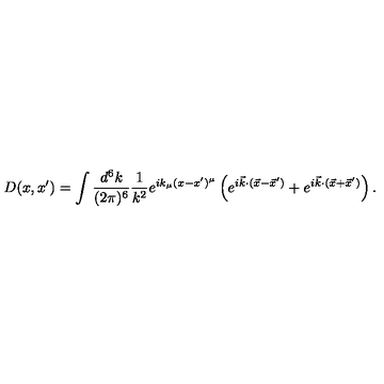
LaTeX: D ( x , x ^ { \prime } ) = \int { \frac { d ^ { 6 } k } { ( 2 \pi ) ^ { 6 } } } { \frac { 1 } { k ^ { 2 } } } e ^ { i k _ { \mu } ( x - x ^ { \prime } ) ^ { \mu } } \left( e ^ { i { \vec { k } } \cdot ( { \vec { x } } - { \vec { x } } ^ { \prime } ) } + e ^ { i { \vec { k } } \cdot ( { \vec { x } } + { \vec { x } } ^ { \prime } ) } \right) .